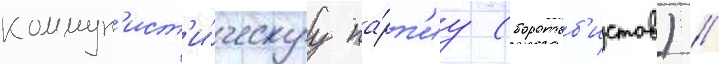
коммун'ист'и́ческуу па́рт'иу (боротьб'истов) //